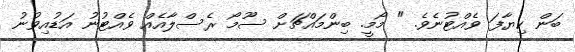
ބަން ކިޔާފަ ވެއްޓުނެވެ. " މޯމީ. ބިންމައްޗަށް ސޫމޯ ރެސްލާއެއް ވެއްޓުނު އަޑުއިވުނު